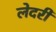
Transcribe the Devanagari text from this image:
लेदरी